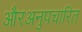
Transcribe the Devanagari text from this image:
औरअनुपचारित